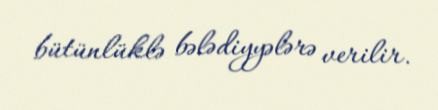
bütünlüklə bələdiyyələrə verilir.